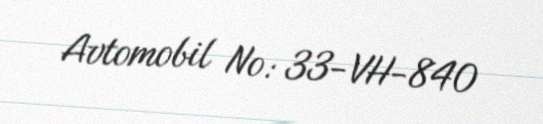
Avtomobil №: 33-VH-840